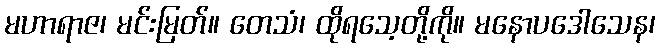
မဟာရာဇ၊ မင်းမြတ်။ တေသံ၊ ထိုရသေ့တို့ကို။ မနောပဒေါသေန၊